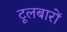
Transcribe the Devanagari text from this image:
टूलबारों